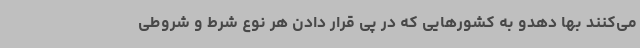
می‌کنند بها دهدو به کشورهایی که در پی قرار دادن هر نوع شرط و شروطی